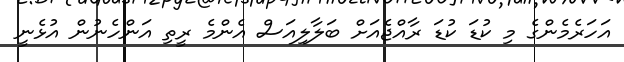
އަހަރެމެންގެ މި ކުޑަ ކުޑަ ރާއްޖެއަށް ބަލާލިއަސް އެންމެ ރީތި އަންހެނުން އުޅެނީ